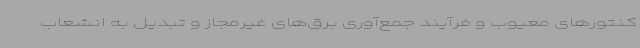
کنتورهای معیوب و فرآیند جمع‌آوری برق‌های غیرمجاز و تبدیل به انشعاب